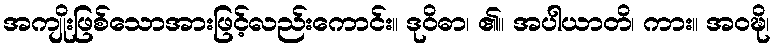
အကျိုးဖြစ်သောအားဖြင့်လည်းကောင်း။ ဒုဝိဓာ၊ ၏။ အပါယာတိ၊ ကား။ အဝဍ္ဎိ၊